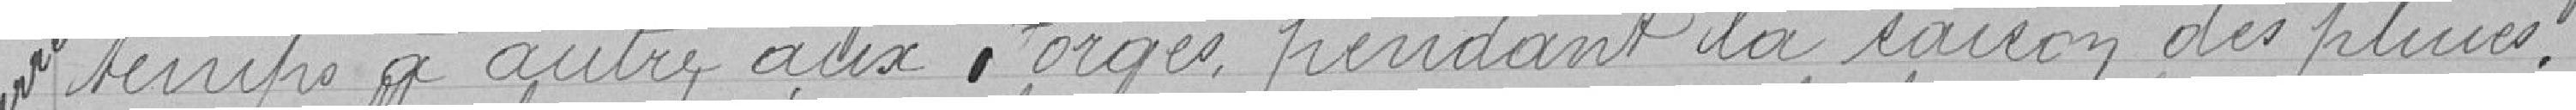
temps à autre aux Forges pendant la saison des pluies.